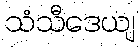
သံသီဒေယျ